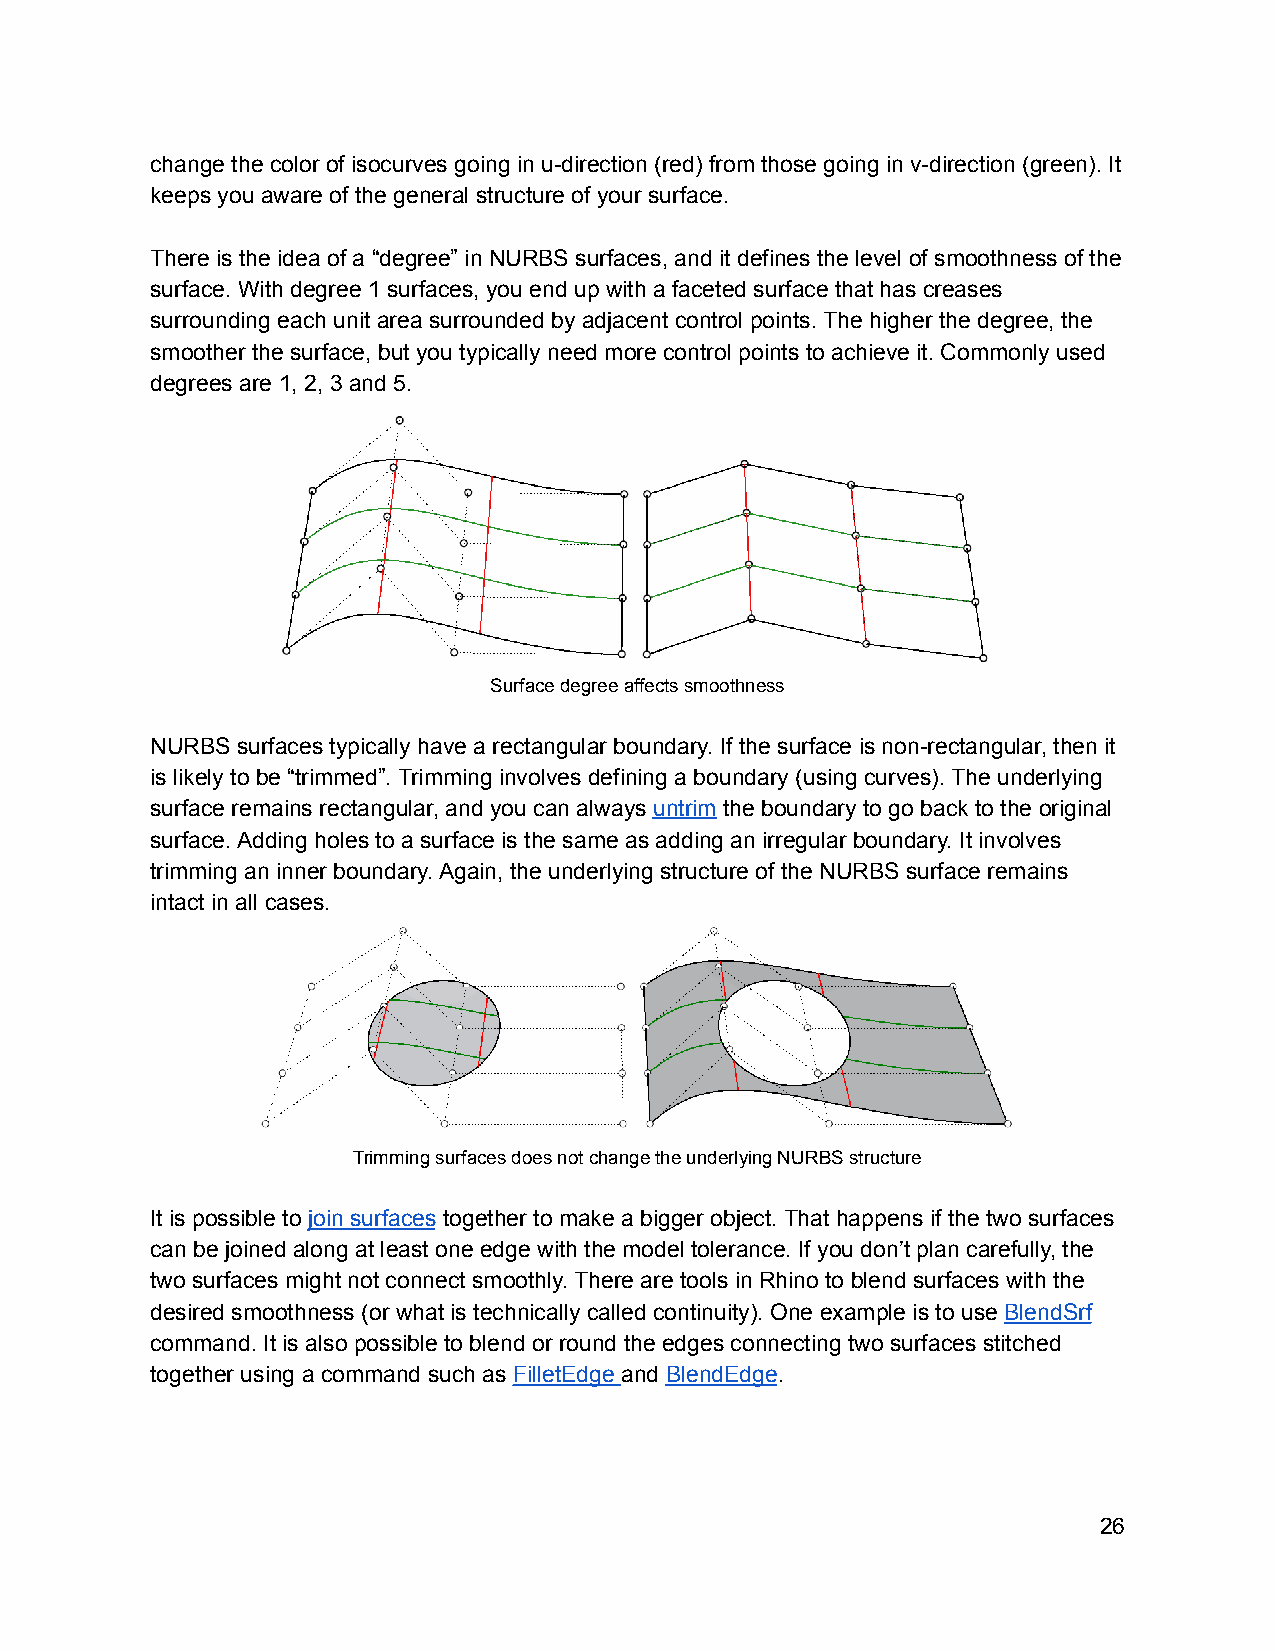
change the color of isocurves going in u-direction (red) from those going in v-direction (green). It
 keeps you aware of the general structure of your surface.
 There is the idea of a “degree” in NURBS surfaces, and it defines the level of smoothness of the
 surface. With degree 1 surfaces, you end up with a faceted surface that has creases
 surrounding each unit area surrounded by adjacent control points. The higher the degree, the
 smoother the surface, but you typically need more control points to achieve it. Commonly used
 degrees are 1, 2, 3 and 5.
 Surface degree affects smoothness
 NURBS surfaces typically have a rectangular boundary. If the surface is non-rectangular, then it
 is likely to be “trimmed”. Trimming involves defining a boundary (using curves). The underlying
 surface remains rectangular, and you can always untrim the boundary to go back to the original
 surface. Adding holes to a surface is the same as adding an irregular boundary. It involves
 trimming an inner boundary. Again, the underlying structure of the NURBS surface remains
 intact in all cases.
 Trimming surfaces does not change the underlying NURBS structure
 It is possible to join surfaces together to make a bigger object. That happens if the two surfaces
 can be joined along at least one edge with the model tolerance. If you don’t plan carefully, the
 two surfaces might not connect smoothly. There are tools in Rhino to blend surfaces with the
 desired smoothness (or what is technically called continuity). One example is to use BlendSrf
 command. It is also possible to blend or round the edges connecting two surfaces stitched
 together using a command such as FilletEdge and BlendEdge.
 26